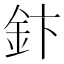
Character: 𮡬